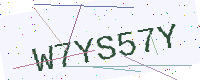
Text: W7YS57Y